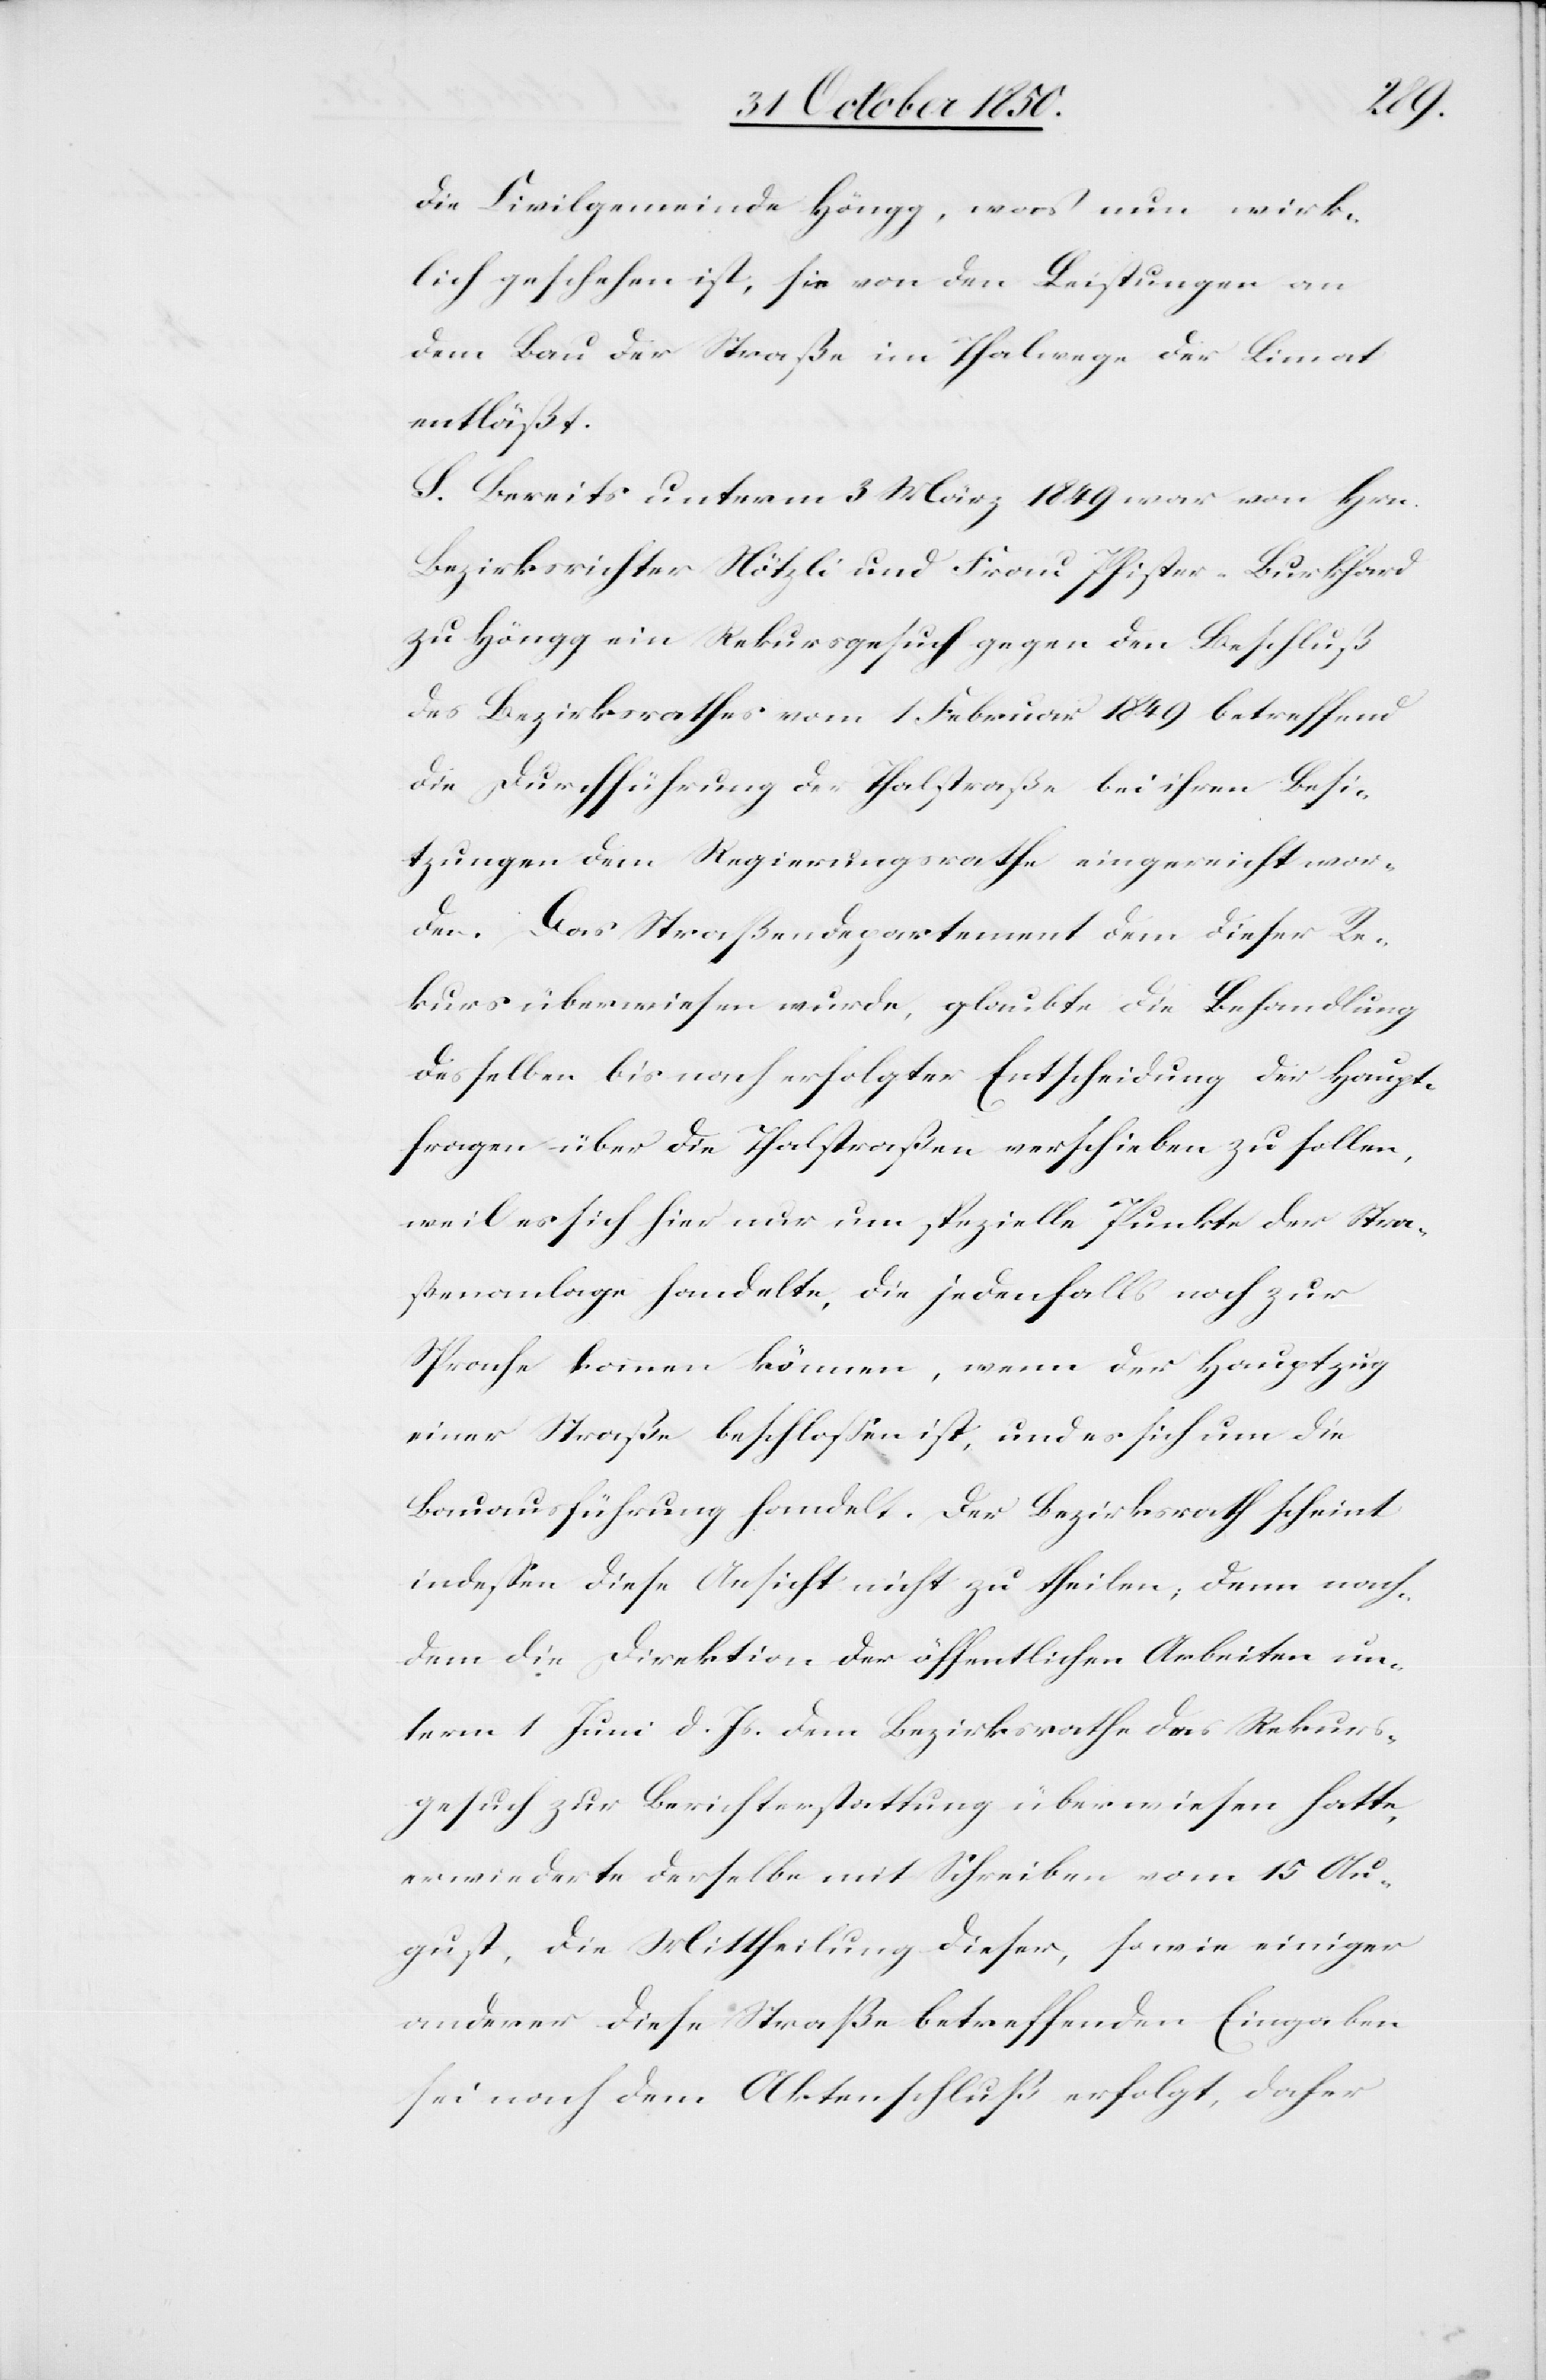
die Civilgemeinde Höngg, was nun wirk¬
lich geschehen ist, sie von den Leistungen an
dem Bau der Straße im Thalwege der Limmat
entläßt.
S. Bereits unterm 3 März 1849 war von Hrn.
Bezirksrichter Nötzli und Frau Pfister-Burkhard
zu Höngg ein Rekursgesuch gegen den Beschluß
des Bezirksrathes vom 1 Februar 1849 betreffend
die Durchführung der Thalstraße bei ihren Besi¬
tzungen dem Regierungsrathe eingereicht wor¬
den. Das Straßendepartement dem dieser Re¬
kurs überwiesen wurde, glaubte die Behandlung
desselben bis nach erfolgter Entscheidung der Haupt¬
fragen über die Thalstraßen verschieben zu sollen,
weil es sich hier nur um spezielle Punkte der Stra¬
ßenanlage handelte, die jedenfalls noch zur
Sprache kommen können, wenn der Hauptzug
einer Straße beschlossen ist, und es sich um die
Bauausführung handelt. Der Bezirksrath scheint
indessen diese Ansicht nicht zu theilen, denn nach¬
dem die Direktion der öffentlichen Arbeiten un¬
term 1 Juni d. Js. dem Bezirksrathe das Rekursge¬
such zur Berichterstattung überwiesen hatte,
erwiederte derselbe mit Schreiben vom 15 Au¬
gust, die Mittheilung dieser, sowie einiger
anderer diese Straße betreffenden Eingaben
sei nach dem Aktenschluß erfolgt, daher